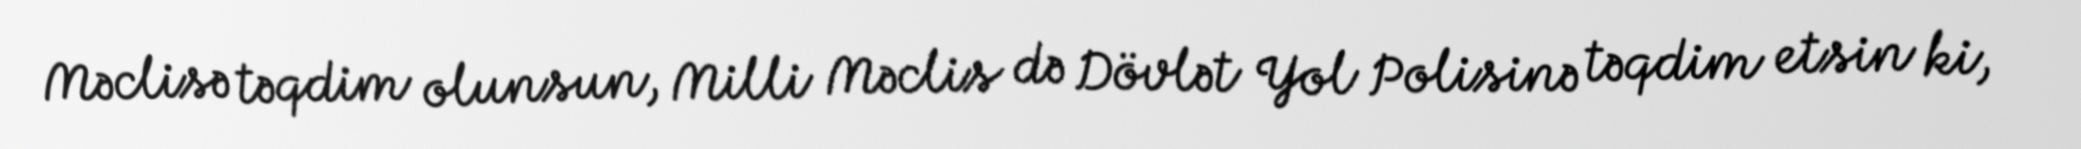
Məclisə təqdim olunsun, Milli Məclis də Dövlət Yol Polisinə təqdim etsin ki,